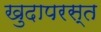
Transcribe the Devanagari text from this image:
खुदापरस्त